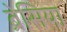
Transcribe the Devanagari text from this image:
ब्रेसिया